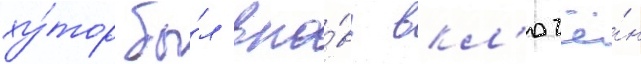
ху́тор бы́л вно́вь вкл'ючё́н